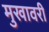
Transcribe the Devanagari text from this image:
मुखावरी